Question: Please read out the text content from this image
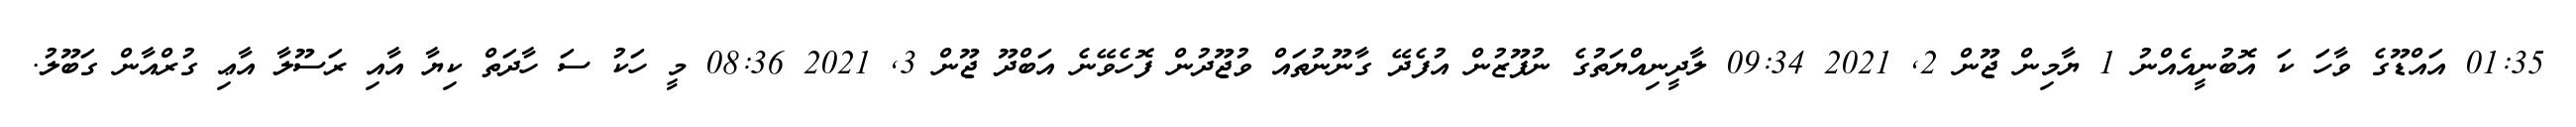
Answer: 01:35 އައްޑޫގެ ވާހަ ކަ އޮބުނީއެއްނު 1 ޔާމިން ޖޫން 2, 2021 09:34 ލާދީނިއްޔަތުގެ ނުފޫޒުން އުފެދޭ ގާނޫނުތައް ވުޖޫދުން ފޮހެވޭނެ އަބްދޫ ޖޫން 3, 2021 08:36 މީ ހަކު ސަ ހާދަތް ކިޔާ އާއި ރަސޫލާ އާޢި ގުރްއާން ގަބޫލު.